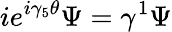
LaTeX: ie^{i\gamma_{5}\theta}\Psi=\gamma^{1}\Psi